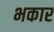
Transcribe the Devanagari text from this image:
भकार